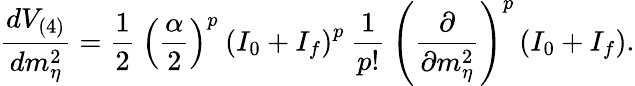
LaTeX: \frac{dV_{(4)}}{dm_{\eta}^{2}}=\frac{1}{2}\: \left(\frac{\alpha}{2}\right)^{p}\: \left(I_{0}+I_{f}\right)^{p}\: \frac{1}{p!}\: \left(\frac{\partial}{\partial m_{\eta}^{2}}\right)^{p}\left(I_{0}+I_{f}\right).